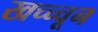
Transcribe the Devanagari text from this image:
खच्च्चून